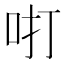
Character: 咑